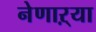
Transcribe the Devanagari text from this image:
नेणाऱ्या